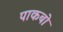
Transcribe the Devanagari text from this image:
पाकबो